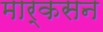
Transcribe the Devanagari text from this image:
मार्कसन